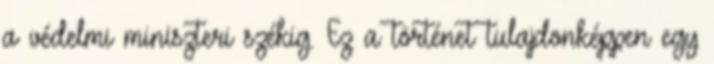
a védelmi miniszteri székig. Ez a történet tulajdonképpen egy